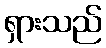
ရှားသည်